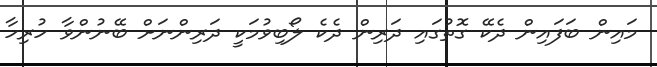
މައިން ބަފައިން ދެކޭ ގޮތުގައި ދަރިން ދެކެ ލޯބިވުމަކީ ދަރިންނަށް ބޭނުންވާ ހުރިހާ